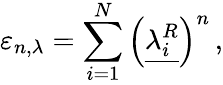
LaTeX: \varepsilon_{n,\lambda}=\sum_{i=1}^{N}\left(\underline{{{\lambda_{i}^{R}}}}\right)^{n}\, ,